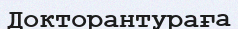
Докторантураға